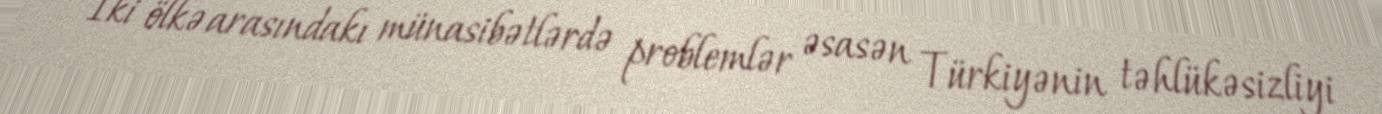
“İki ölkə arasındakı münasibətlərdə problemlər əsasən Türkiyənin təhlükəsizliyi